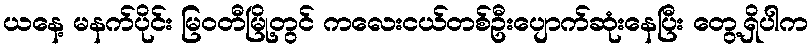
ယနေ့ မနက်ပိုင်း မြဝတီမြို့တွင် ကလေးငယ်တစ်ဦးပျောက်ဆုံးနေပြီး တွေ့ရှိပါက